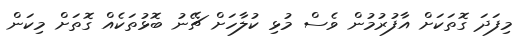
މިފަދަ ގޮތަކަށް އާފުރުމުން ވެސް މުޅި ކުލާހަށް ޗޭނު ބޮޅުތަކެއް ގޮތަށް މިކަން